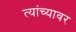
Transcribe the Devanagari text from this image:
त्यांच्यावर